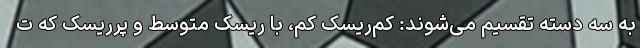
به سه دسته تقسیم می‌شوند: کم‌ریسک کم، با ریسک متوسط و پرریسک که ت